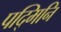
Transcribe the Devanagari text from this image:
पद्मिनि